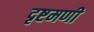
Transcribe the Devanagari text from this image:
दृष्टमणी